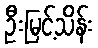
ဦးမြင့်သိန်း